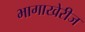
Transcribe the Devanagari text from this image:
भागाखेरीज